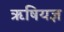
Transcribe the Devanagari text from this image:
ऋषियज्ञ